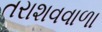
તરાશવવાળા